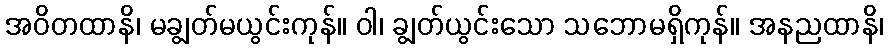
အဝိတထာနိ၊ မချွတ်မယွင်းကုန်။ ဝါ၊ ချွတ်ယွင်းသော သဘောမရှိကုန်။ အနညထာနိ၊